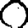
Digit: 0